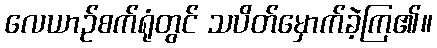
လေယာဉ်စက်ရုံတွင် သပိတ်မှောက်ခဲ့ကြ၏။